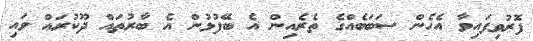
ފޮރުވިފައިވާ އެހެން ސަބަބެއްގެ ތެރެއިން އެ ބޭފުޅުން އެ ބާރުތައް ދޫކުރައް ވައި